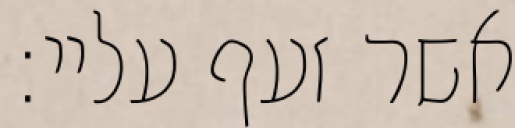
אשר זעף עליי: